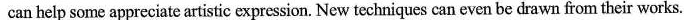
can help some appreciate artistic expre tes can even be drawn from their works.